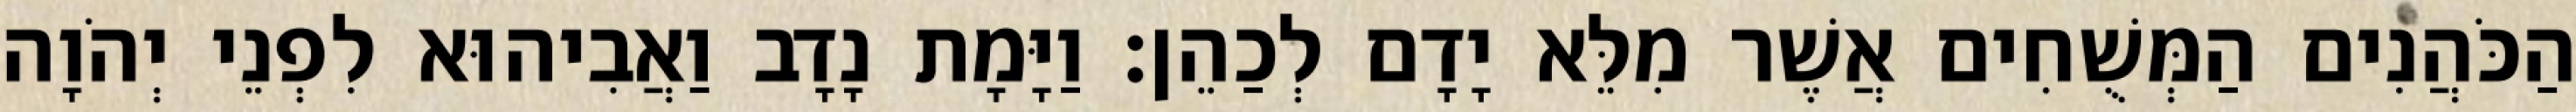
הַכֹּהֲנִים הַמְּשֻׁחִים אֲשֶׁר מִלֵּא יָדָם לְכַהֵן׃ וַיָּמָת נָדָב וַאֲבִיהוּא לִפְנֵי יְהֹוָה